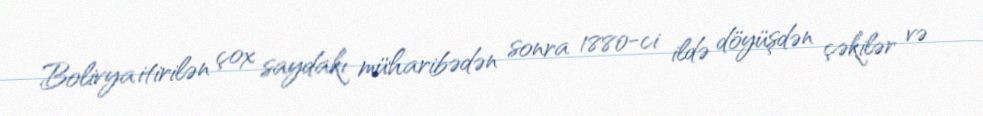
Bolivya itirilən çox saydakı müharibədən sonra 1880-ci ildə döyüşdən çəkilər və